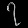
Digit: ၇